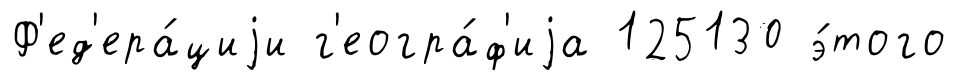
Ф'ед'ера́циjи г'еогра́ф'иjа 125130 э́того